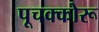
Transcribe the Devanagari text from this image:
पूचक्कोरू